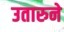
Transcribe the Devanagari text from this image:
उतारुने